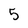
Character: 5